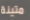
متينة